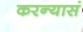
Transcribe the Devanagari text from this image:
करन्यासं